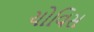
ચોવિસ